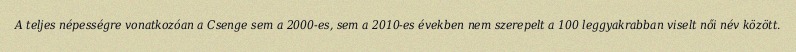
A teljes népességre vonatkozóan a Csenge sem a 2000-es, sem a 2010-es években nem szerepelt a 100 leggyakrabban viselt női név között.